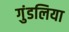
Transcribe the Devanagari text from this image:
गुंडलिया